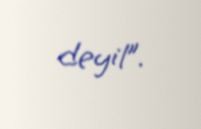
deyil”.